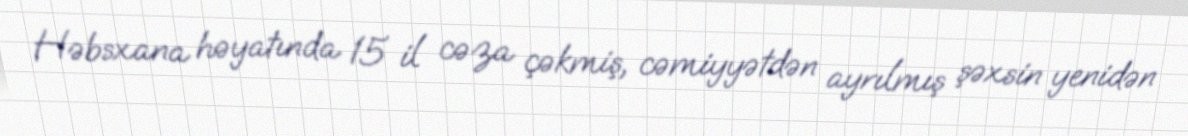
Həbsxana həyatında 15 il cəza çəkmiş, cəmiyyətdən ayrılmış şəxsin yenidən